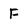
Character: f